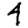
Digit: 4